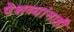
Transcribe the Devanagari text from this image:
पेशव्यांनाही